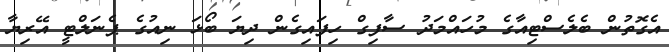
އެގޮތުން ބެލެސްޓިއާގެ މުހައްމަދު ސާފިގް ހިފައިގެން ދިޔަ ބޯޅަ ނިއުގެ ޕެނަލްޓީ އޭރިޔާ